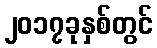
၂၀၁၇ခုနှစ်တွင်